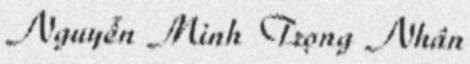
Nguyễn Minh Trọng Nhân